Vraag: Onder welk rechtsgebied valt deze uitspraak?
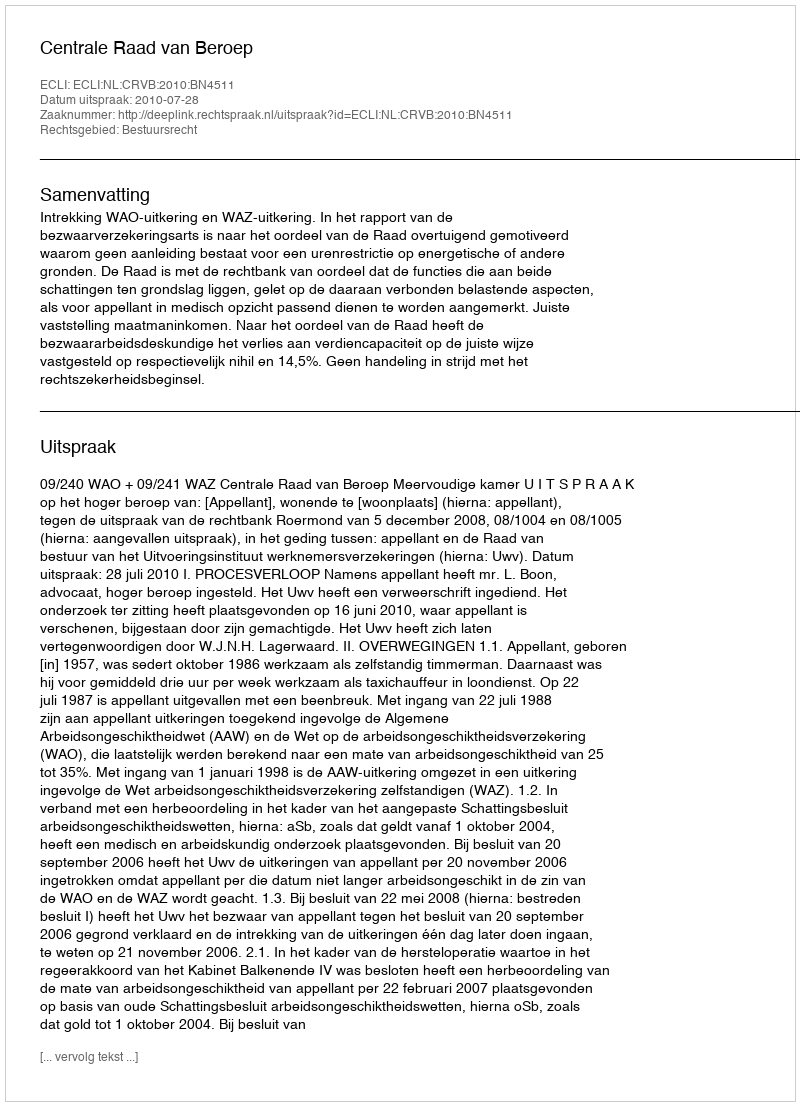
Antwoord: Bestuursrecht